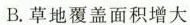
B.草地覆盖面积增大